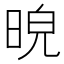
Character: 𣆿